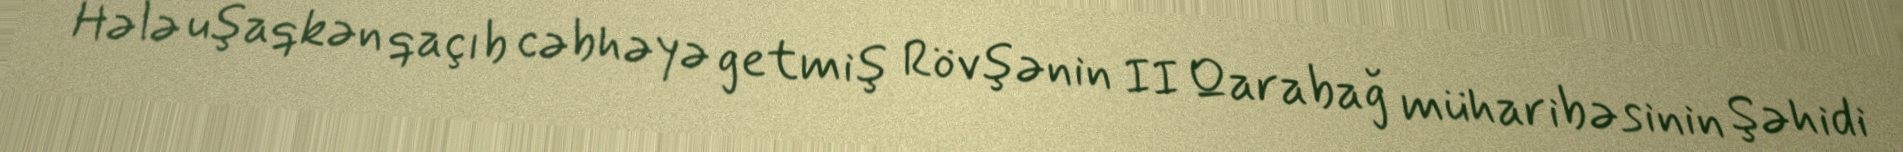
Hələ uşaqkən qaçıb cəbhəyə getmiş Rövşənin II Qarabağ müharibəsinin Şəhidi